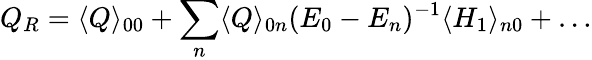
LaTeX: Q_{R}=\langle Q\rangle_{00}+\sum_{n}\langle Q\rangle_{0n}(E_{0}-E_{n})^{-1}\langle H_{1}\rangle_{n0}+\dots